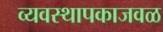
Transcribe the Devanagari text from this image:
व्यवस्थापकाजवळ